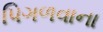
પિગળવાના